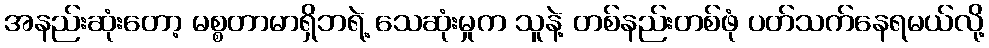
အနည်းဆုံးတော့ မစ္စတာမာရှိဘရဲ့ သေဆုံးမှုက သူနဲ့ တစ်နည်းတစ်ဖုံ ပတ်သက်နေရမယ်လို့